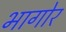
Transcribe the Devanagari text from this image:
भागोर